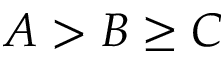
A > B \ge C